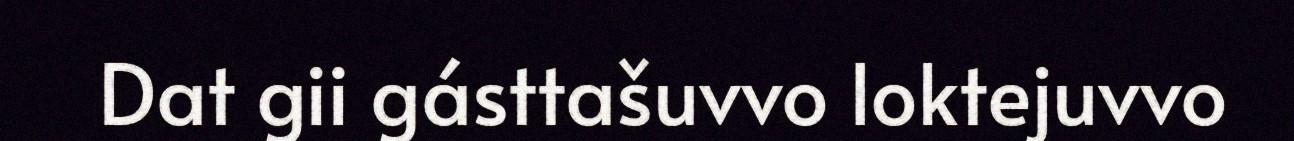
Dat gii gásttašuvvo loktejuvvo